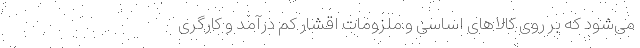
می‌شود که بر روی کالاهای اساسی و ملزومات اقشار کم درآمد و کارگری